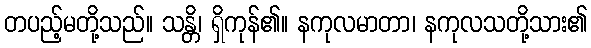
တပည့်မတို့သည်။ သန္တိ၊ ရှိကုန်၏။ နကုလမာတာ၊ နကုလသတို့သား၏